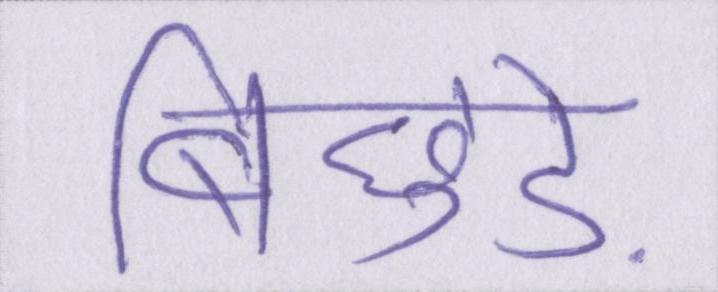
बिछुड़े